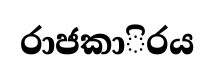
රාජකාිරය